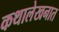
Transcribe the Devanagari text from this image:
कथालेखनात